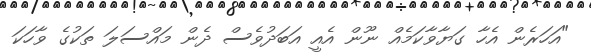
"އަހަރެން އެހާ ގަޔާވާކަމެއް ނޫން އެއީ އަބަދުވެސް ދެން މައްސަލަ ތަކުގެ ވާހަކަ